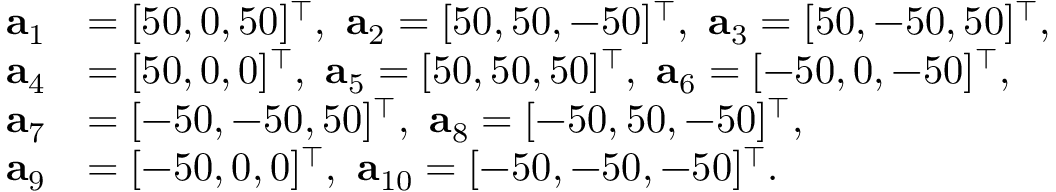
\begin{array} { r l } { { \bf a } _ { 1 } } & { = [ 5 0 , 0 , 5 0 ] ^ { \top } , ~ { \bf a } _ { 2 } = [ 5 0 , 5 0 , - 5 0 ] ^ { \top } , ~ { \bf a } _ { 3 } = [ 5 0 , - 5 0 , 5 0 ] ^ { \top } , } \\ { { \bf a } _ { 4 } } & { = [ 5 0 , 0 , 0 ] ^ { \top } , ~ { \bf a } _ { 5 } = [ 5 0 , 5 0 , 5 0 ] ^ { \top } , ~ { \bf a } _ { 6 } = [ - 5 0 , 0 , - 5 0 ] ^ { \top } , } \\ { { \bf a } _ { 7 } } & { = [ - 5 0 , - 5 0 , 5 0 ] ^ { \top } , ~ { \bf a } _ { 8 } = [ - 5 0 , 5 0 , - 5 0 ] ^ { \top } , } \\ { { \bf a } _ { 9 } } & { = [ - 5 0 , 0 , 0 ] ^ { \top } , ~ { \bf a } _ { 1 0 } = [ - 5 0 , - 5 0 , - 5 0 ] ^ { \top } . } \end{array}